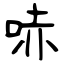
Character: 哧